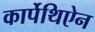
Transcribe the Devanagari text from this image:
कार्पेथिऐन